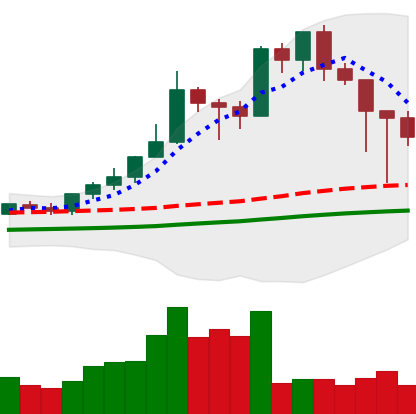
Ticker: XMR-USD
Chart end date: 2021-02-24
Forward return: 11.896%
Label: up_7plus